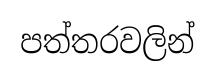
පත්තරවලින්